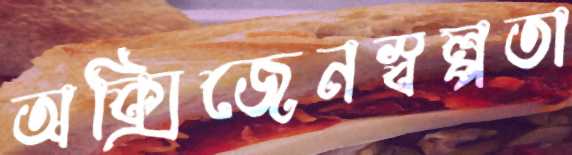
অক্সিজেনস্বল্পতা